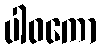
ပါဝကော